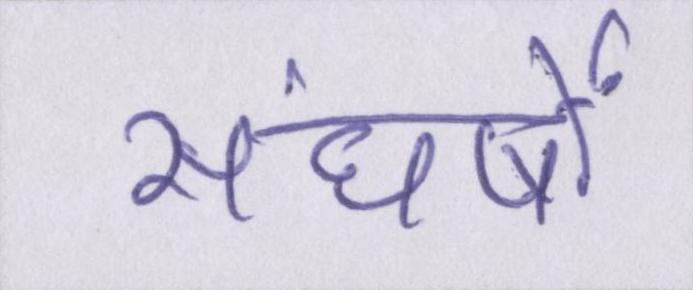
संघर्षों